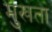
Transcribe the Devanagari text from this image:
मुखता